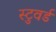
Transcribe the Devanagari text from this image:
स्टुवर्ड